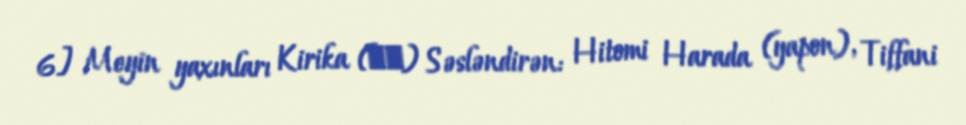
6] Meyin yaxınları Kirika (霧果) Səsləndirən: Hitomi Harada (yapon), Tiffani